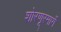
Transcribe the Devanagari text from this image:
शोरणूरमार्गे